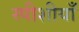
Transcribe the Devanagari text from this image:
स्पीशीयाँ